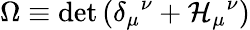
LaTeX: {\Omega}\equiv\operatorname*{det}{\left(\delta_{\mu}{}^{\nu}+{\cal H}_{\mu}{}^{\nu}\right)}